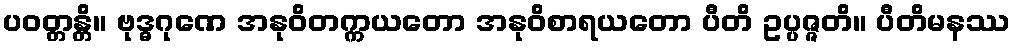
ပဝတ္တန္တိ။ ဗုဒ္ဓဂုဏေ အနုဝိတက္ကယတော အနုဝိစာရယတော ပီတိ ဥပ္ပဇ္ဇတိ။ ပီတိမနဿ